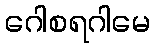
ဂေါစရဂါမေ